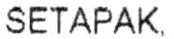
SETAPAK.